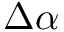
\Delta \alpha